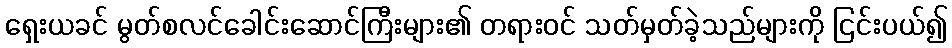
ရှေးယခင် မွတ်စလင်ခေါင်းဆောင်ကြီးများ၏ တရားဝင် သတ်မှတ်ခဲ့သည်များကို ငြင်းပယ်၍